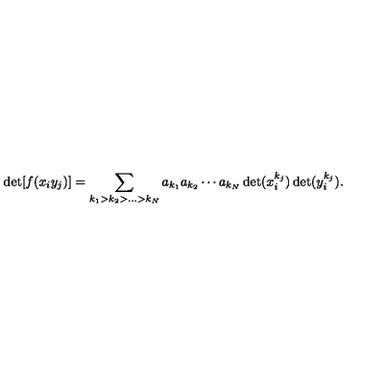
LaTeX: \det [ f ( x _ { i } y _ { j } ) ] = \sum _ { k _ { 1 } > k _ { 2 } > \ldots > k _ { N } } a _ { k _ { 1 } } a _ { k _ { 2 } } \cdots a _ { k _ { N } } \det ( x _ { i } ^ { k _ { j } } ) \det ( y _ { i } ^ { k _ { j } } ) .